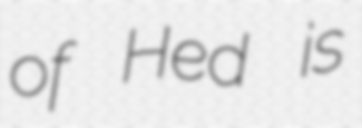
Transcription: of Hed is